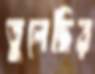
তুলেছির